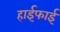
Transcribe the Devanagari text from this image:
हाईफाई